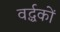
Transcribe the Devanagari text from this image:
वर्द्धकों